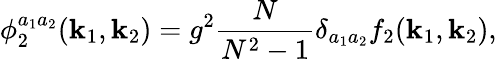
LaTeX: \phi_{2}^{a_{1}a_{2}}({\mathbf k}_{1},{\mathbf k}_{2})=g^{2}\frac{N}{N^{2}-1}\delta_{a_{1}a_{2}}f_{2}({\mathbf k}_{1},{\mathbf k}_{2}),